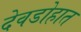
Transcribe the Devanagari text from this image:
देवडोहात